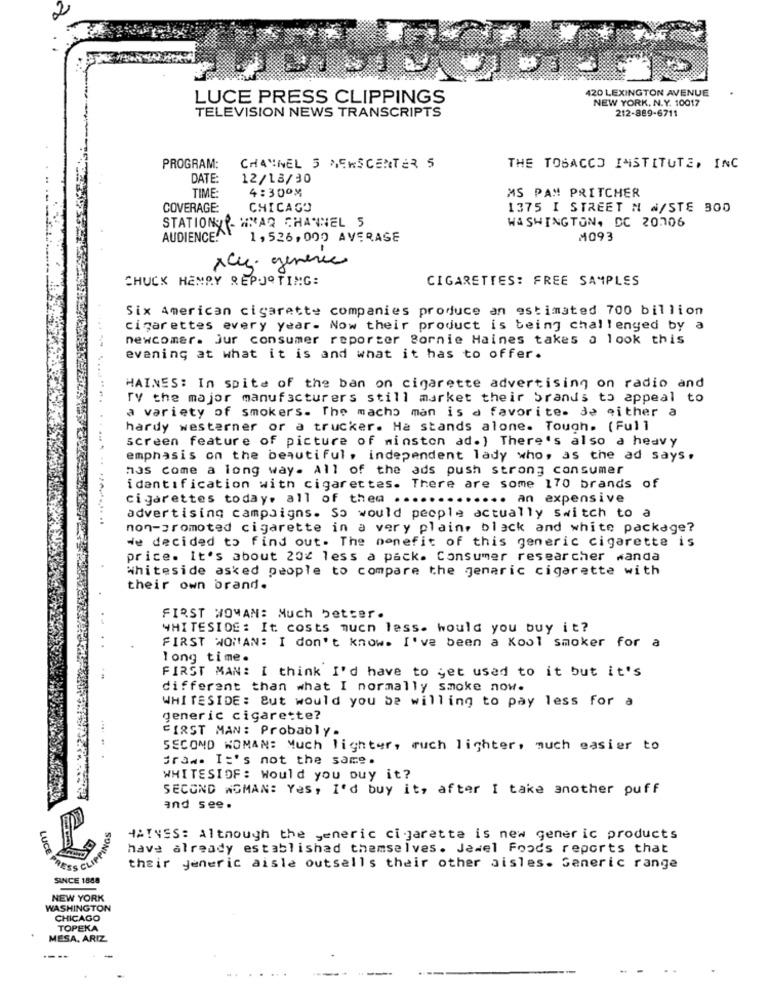
420 LEXINGTON AVENUE
LUCE PRESS CLIPPINGS
NEW YORK, N.Y. 10017
212-889-6711
TELEVISION NEWS TRANSCRIPTS
PROGRAM:
CHANNEL 5 DEWSCENTER 5
THE TOBACCO INSTITUTE, INC
DATE:
12/18/30
TIME:
4:300M
MS PAM PRITCHER
COVERAGE:
CHICAGO
1375 I STREET N N/STE BOD
STATION OWNAR CHANNEL 5
WASHINGTON, DC 20706
AUDIENCE!
1,526,000 AVERAGE
M093
xcu. generic
CHUCK HENRY REPORTING:
CIGARETTES: FREE SAMPLES
Six American cigarette companies produce an estimated 700 billion
cigarettes every year. Now their product is being challenged by a
newcomer. Jur consumer reporter Bornie Haines takes a look this
---
evening at what it is and what it has to offer.
HAINES: In spite of the ban on cigarette advertising on radio and
TV the major manufacturers still market their brands to appeal to
a variety of smokers. The macho man is a favorite. de either a
hardy westerner or a trucker. Ha stands alone. Tough. (Full
screen feature of picture of minston ad.) There's also a heavy
emphasis on the beautiful , independent lady who, as the ad says.
nas come a long way. All of the ads push strong consumer
identification with cigarettes. There are some 170 brands of
cigarettes today, all of thea .....
... an expensive
advertising campaigns. So would people actually switch to a
non-promoted cigarette in a very plain, black and white package?
He decided to find out. The benefit of this generic cigarette is
price. It's about 20% less a pack. Consumer researcher wanda
whiteside asked people to compare the generic cigarette with
their own brand.
FIRST WOMAN: Much better.
WHITESIDE: It costs much less. would you buy it?
FIRST WOMAN: I don't know. I've been a Kool smoker for a
long time.
FIRST MAN: I think I'd have to get used to it but it's
different than what I normally smoke now.
WHITESIDE: But would you be willing to pay less for a
generic cigarette?
FIRST MAN: Probably.
SECOND WOMAN: Much lighter, ruch lighter, much easier to
Graw. It's not the same.
WHITESIOF: Would you buy it?
SECOND WOMAN: Yes, I'd buy it, after I take another puff
and see.
HAINES: Although the generic cigarette is new generic products
LUCE
have already established themselves. Jewel Foods reports that
their generic aisle outsells their other aisles. Generic range
SINCE 1888
NEW YORK
WASHINGTON
CHICAGO
TOPEKA
MESA, ARIZ
----